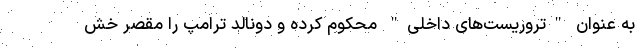
به عنوان "تروریست‌های داخلی" محکوم کرده و دونالد ترامپ را مقصر خش